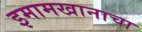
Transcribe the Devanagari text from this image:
इमामखानाचा